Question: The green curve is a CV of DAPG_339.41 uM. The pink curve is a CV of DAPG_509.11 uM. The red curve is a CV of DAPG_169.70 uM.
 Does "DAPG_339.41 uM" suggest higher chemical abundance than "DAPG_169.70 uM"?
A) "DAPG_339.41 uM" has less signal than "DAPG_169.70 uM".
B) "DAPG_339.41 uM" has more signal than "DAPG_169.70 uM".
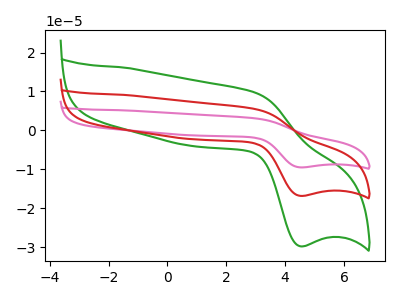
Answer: <think>The green curve "DAPG_339.41 uM" has an anodic peak at (3.00V, 9.65uA) and a cathodic peak at (4.50V, -29.80uA). The pink curve "DAPG_509.11 uM" has an anodic peak at (3.00V, 10.90uA) and a cathodic peak at (4.50V, -33.65uA). The red curve "DAPG_169.70 uM" has an anodic peak at (3.00V, 5.45uA) and a cathodic peak at (4.50V, -16.85uA).
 All the peaks in "DAPG_339.41 uM" have a peak in "DAPG_169.70 uM" at the same potential. Every peak in "DAPG_339.41 uM" is higher than every peak in "DAPG_169.70 uM".</think>
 <answer>B) "DAPG_339.41 uM" has more signal than "DAPG_169.70 uM".</answer>
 <eval>B</eval>